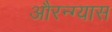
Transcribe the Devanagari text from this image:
औरन्ग्यास